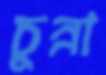
চুন্না